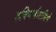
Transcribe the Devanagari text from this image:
रुक्मिणीरागिणे